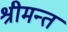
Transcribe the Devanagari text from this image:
श्रीमन्त